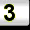
Digit: 3